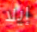
إيلا